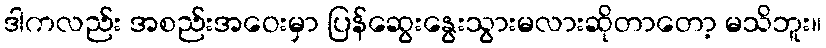
ဒါကလည်း အစည်းအဝေးမှာ ပြန်ဆွေးနွေးသွားမလားဆိုတာတော့ မသိဘူး။